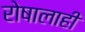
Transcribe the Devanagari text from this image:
रोषालाही